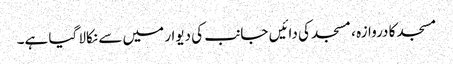
مسجد کا دروازہ ، مسجد کی دائیں جانب کی دیوار میں سے نکالا گیا ہے۔